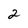
Character: 2